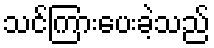
သင်ကြားပေးခဲ့သည်